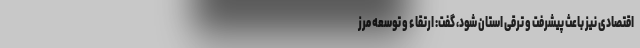
اقتصادی نیز باعث پیشرفت و ترقی استان شود، گفت: ارتقاء و توسعه مرز